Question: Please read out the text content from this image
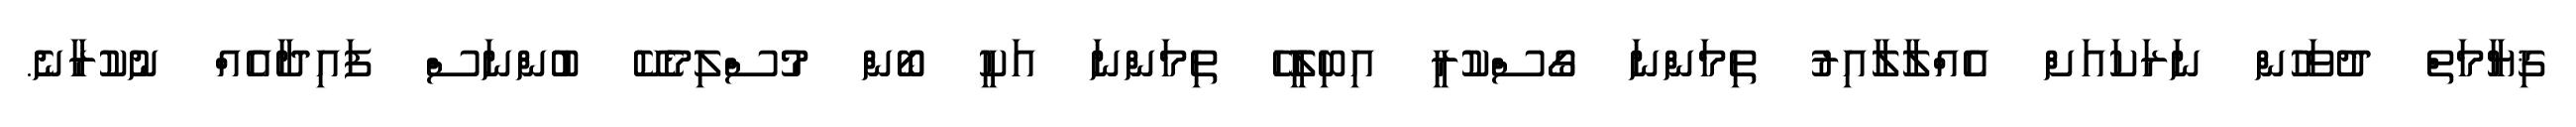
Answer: ޤިޔާމަތް ދުވަހުން ނަރަކައަށް އެއްލާލާއިރު ތިމަންނަ ގޯސްކުރީ އިބިލީހޭ ތިމަންނަ އަކީ ބޯން މުސްލިމެކޭ ބުންނަސް ފައިދާއެއް ނުކުރާނެ.